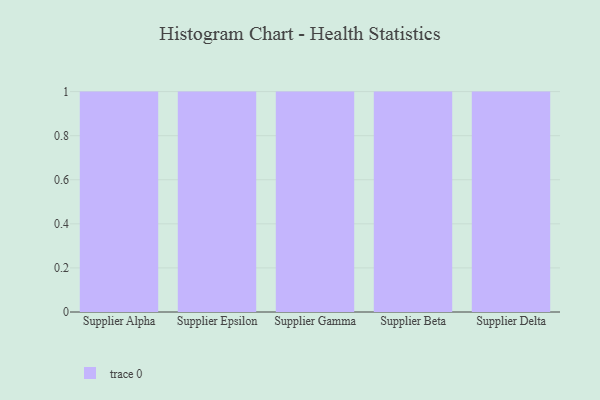
{"axis": {"x": "Supplier", "y": "Conversion Rate (%)"}, "legend": [""], "data": [{"x": "Supplier Alpha", "y": 17, "type": ""}, {"x": "Supplier Epsilon", "y": 81, "type": ""}, {"x": "Supplier Gamma", "y": 58, "type": ""}, {"x": "Supplier Beta", "y": 26, "type": ""}, {"x": "Supplier Delta", "y": 17, "type": ""}]}